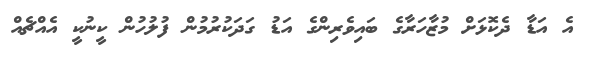
އެ އަޑާ ދެކޮޅަށް މުޒާހަރާގެ ބައިވެރިންގެ އަޑު ގަދަކުރުމުން ފުލުހުން ކީނުކީ އެއްޗެއް